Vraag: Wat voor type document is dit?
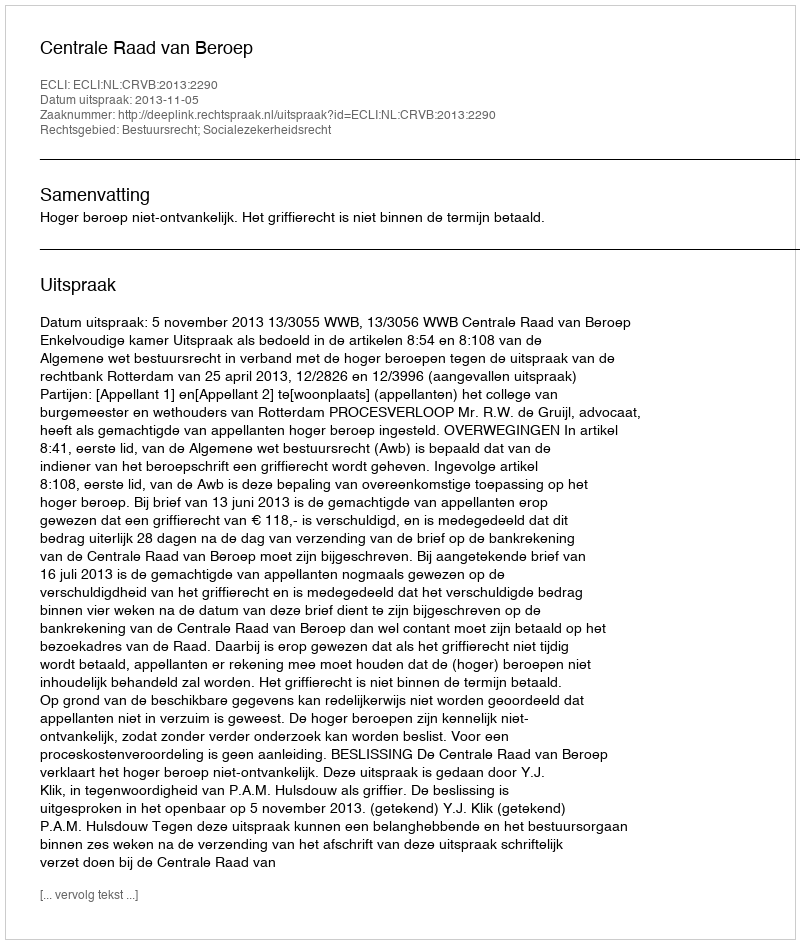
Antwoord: Uitspraak